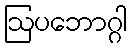
ဩပဘောဂ္ဂါ